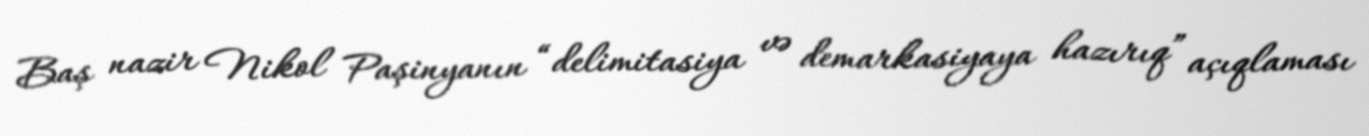
Baş nazir Nikol Paşinyanın “delimitasiya və demarkasiyaya hazırıq” açıqlaması